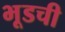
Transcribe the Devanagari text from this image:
भूडची